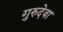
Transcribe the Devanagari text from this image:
गुरुदेवा